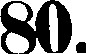
80.